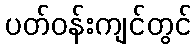
ပတ်ဝန်းကျင်တွင်